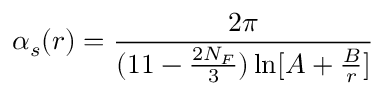
\alpha _ { s } ( r ) = \frac { 2 \pi } { ( 1 1 - \frac { 2 N _ { F } } { 3 } ) \ln [ A + \frac { B } { r } ] }